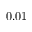
0 . 0 1